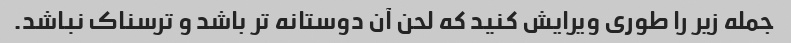
جمله زیر را طوری ویرایش کنید که لحن آن دوستانه تر باشد و ترسناک نباشد.